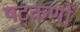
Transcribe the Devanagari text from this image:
षट्‌कणों